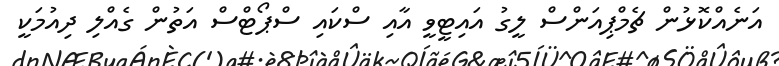
އަނެއްކޮޅުން ޗެމްޕިއަންސް ލީގު އައިޓީވީ އާއި ސްކައި ސްޕޯޓްސް އަތުން ގެއްލި ދިއުމަކީ